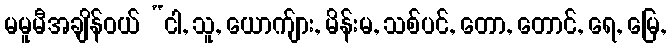
မမူမီအချိန်ဝယ် “ငါ, သူ, ယောက်ျား, မိန်းမ, သစ်ပင်, တော, တောင်, ရေ, မြေ,